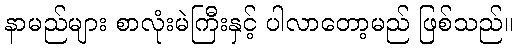
နာမည်များ စာလုံးမဲကြီးနှင့် ပါလာတော့မည် ဖြစ်သည်။